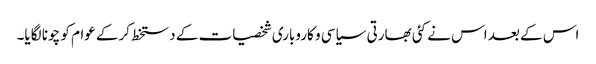
اس کے بعد اس نے کئی بھارتی سیاسی و کاروباری شخصیات کے دستخط کرکے عوام کو چونا لگایا۔